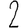
Digit: 2